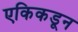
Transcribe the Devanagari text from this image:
एकिकडून